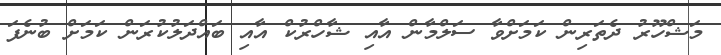
މަޝްހޫރު ދެތަރިން ކަމަށްވާ ސަލްމާން އާއި ޝާހްރުކް އާއި ބައްދަލުކުރަން ކަމަށް ބުނެފަ